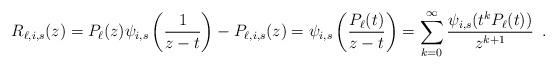
LaTeX: \begin{align*}R_{\ell,i,s}(z)&=\displaystyle P_{\ell}(z)\psi_{i,s}\left(\dfrac{1}{z-t}\right)-P_{\ell,i,s}(z) =\displaystyle\psi_{i,s}\left(\dfrac{P_{\ell}(t)}{z-t}\right) =\sum_{k=0}^{\infty}\dfrac{\psi_{i,s}(t^kP_{\ell}(t))}{z^{k+1}}\enspace.\end{align*}